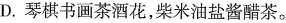
D.琴棋书画茶酒花，柴米油盐酱醋茶。